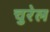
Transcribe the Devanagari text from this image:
चुरेल